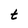
Character: t